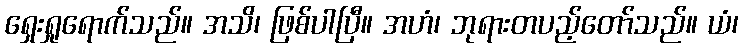
ရှေးရှုရောက်သည်။ အသိ၊ ဖြစ်ပါပြီ။ အဟံ၊ ဘုရားတပည့်တော်သည်။ ယံ၊